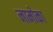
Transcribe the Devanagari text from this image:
नामोका